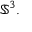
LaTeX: \mathbb { S } ^ { 3 } .